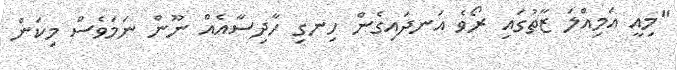
"މިއީ އަމިއްލަ ޒާތުގައި ރޯވެ އަނދައިގެން ހިނގި ހާދިސާއެއް ނޫން ނަމަވެސް މިކަން